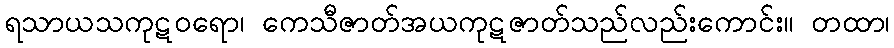
ရသာယသကုဋဝရော၊ ကေသီဇာတ်အယကုဋဇာတ်သည်လည်းကောင်း။ တထာ၊